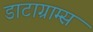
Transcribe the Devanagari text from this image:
डाटाग्राम्स